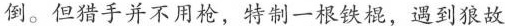
倒。但猎手并不用枪，特制一根铁棍，遇到狼故